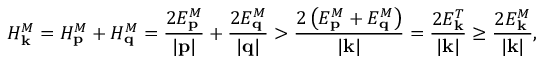
H _ { \mathbf { k } } ^ { M } = H _ { \mathbf { p } } ^ { M } + H _ { \mathbf { q } } ^ { M } = { \frac { 2 E _ { \mathbf { p } } ^ { M } } { | \mathbf { p } | } } + { \frac { 2 E _ { \mathbf { q } } ^ { M } } { | \mathbf { q } | } } > { \frac { 2 \left( E _ { \mathbf { p } } ^ { M } + E _ { \mathbf { q } } ^ { M } \right) } { | \mathbf { k } | } } = { \frac { 2 E _ { \mathbf { k } } ^ { T } } { | \mathbf { k } | } } \geq { \frac { 2 E _ { \mathbf { k } } ^ { M } } { | \mathbf { k } | } } ,